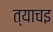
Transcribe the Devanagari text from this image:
त्याचइ